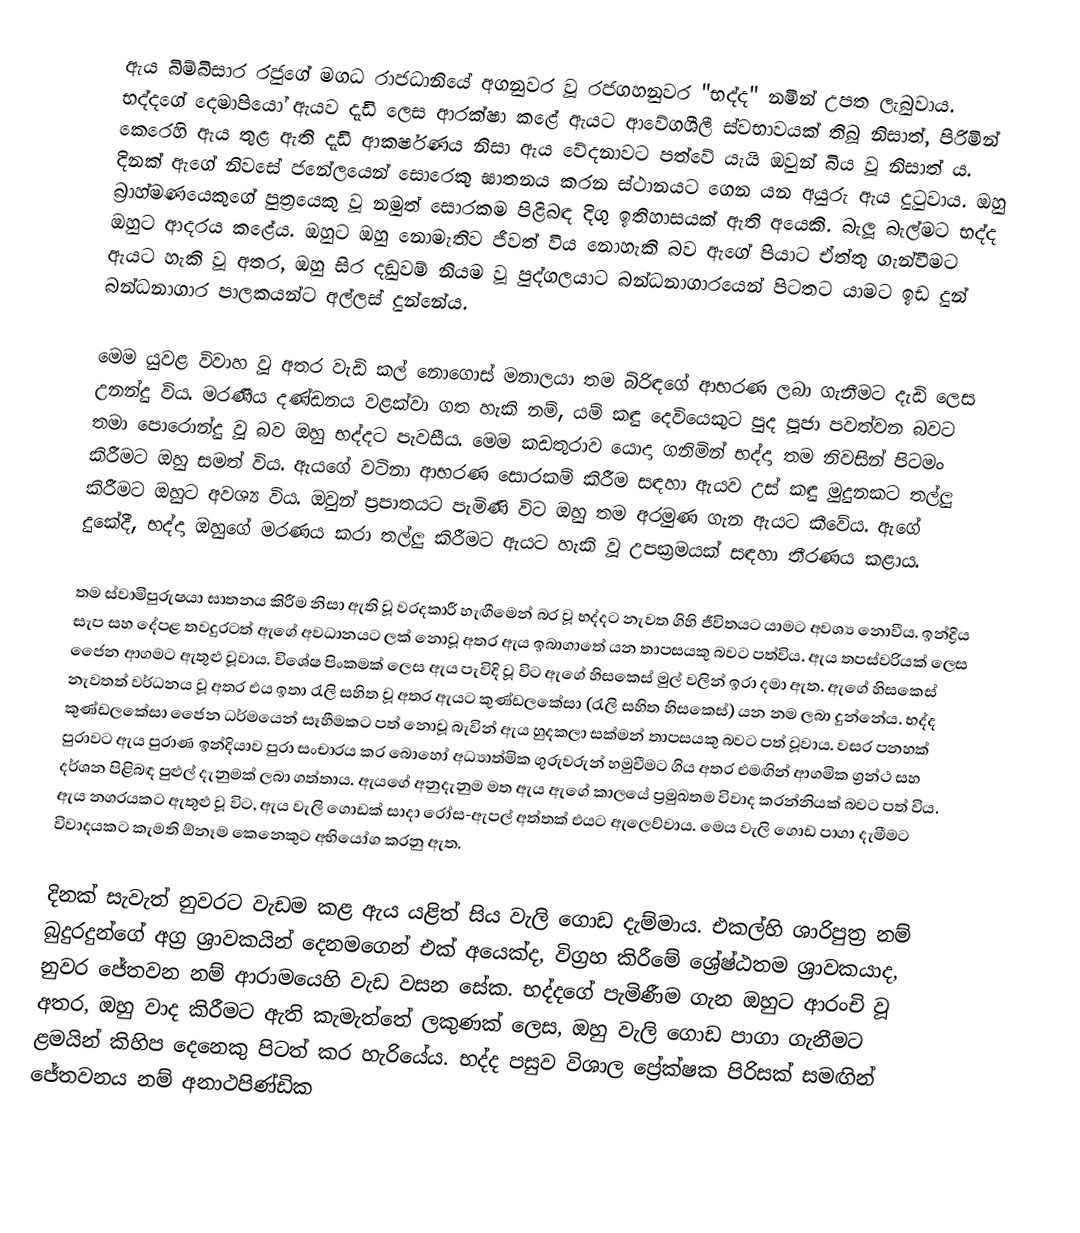
ඇය බිම්බිසාර රජුගේ මගධ රාජධානියේ අගනුවර වූ රජගහනුවර "භද්ද" නමින් උපත ලැබුවාය. භද්දගේ දෙමාපියෝ ඇයව දැඩි ලෙස ආරක්ෂා කළේ ඇයට ආවේගශීලී ස්වභාවයක් තිබූ නිසාත්, පිරිමින් කෙරෙහි ඇය තුළ ඇති දැඩි ආකර්ෂණය නිසා ඇය වේදනාවට පත්වේ යැයි ඔවුන් බිය වූ නිසාත් ය. දිනක් ඇගේ නිවසේ ජනේලයෙන් සොරෙකු ඝාතනය කරන ස්ථානයට ගෙන යන අයුරු ඇය දුටුවාය. ඔහු බ්‍රාහ්මණයෙකුගේ පුත්‍රයෙකු වූ නමුත් සොරකම පිළිබඳ දිගු ඉතිහාසයක් ඇති අයෙකි. බැලූ බැල්මට භද්ද ඔහුට ආදරය කළේය. ඔහුට ඔහු නොමැතිව ජීවත් විය නොහැකි බව ඇගේ පියාට ඒත්තු ගැන්වීමට ඇයට හැකි වූ අතර, ඔහු සිර දඬුවම් නියම වූ පුද්ගලයාට බන්ධනාගාරයෙන් පිටතට යාමට ඉඩ දුන් බන්ධනාගාර පාලකයන්ට අල්ලස් දුන්නේය. 

මෙම යුවළ විවාහ වූ අතර වැඩි කල් නොගොස් මනාලයා තම බිරිඳගේ ආභරණ ලබා ගැනීමට දැඩි ලෙස උනන්දු විය. මරණීය දණ්ඩනය වළක්වා ගත හැකි නම්, යම් කඳු දෙවියෙකුට පුද පූජා පවත්වන බවට තමා පොරොන්දු වූ බව ඔහු භද්දට පැවසීය. මෙම කඩතුරාව යොදා ගනිමින් භද්දා තම නිවසින් පිටමං කිරීමට ඔහු සමත් විය. ඇයගේ වටිනා ආභරණ සොරකම් කිරීම සඳහා ඇයව උස් කඳු මුදුනකට තල්ලු කිරීමට ඔහුට අවශ්‍ය විය. ඔවුන් ප්‍රපාතයට පැමිණි විට ඔහු තම අරමුණ ගැන ඇයට කීවේය. ඇගේ දුකේදී, භද්දා ඔහුගේ මරණය කරා තල්ලු කිරීමට ඇයට හැකි වූ උපක්‍රමයක් සඳහා තීරණය කළාය.

තම ස්වාමිපුරුෂයා ඝාතනය කිරීම නිසා ඇති වූ වරදකාරී හැඟීමෙන් බර වූ භද්දට නැවත ගිහි ජීවිතයට යාමට අවශ්‍ය නොවීය. ඉන්ද්‍රිය සැප සහ දේපළ තවදුරටත් ඇගේ අවධානයට ලක් නොවූ අතර ඇය ඉබාගාතේ යන තාපසයකු බවට පත්විය. ඇය තපස්වරියක් ලෙස ජෛන ආගමට ඇතුළු වූවාය. විශේෂ පිංකමක් ලෙස ඇය පැවිදි වූ විට ඇගේ හිසකෙස් මුල් වලින් ඉරා දමා ඇත. ඇගේ හිසකෙස් නැවතත් වර්ධනය වූ අතර එය ඉතා රැලි සහිත වූ අතර ඇයට කුණ්ඩලකේසා (රැලි සහිත හිසකෙස්) යන නම ලබා දුන්නේය. භද්ද කුණ්ඩලකේසා ජෛන ධර්මයෙන් සෑහීමකට පත් නොවූ බැවින් ඇය හුදකලා සක්මන් තාපසයකු බවට පත් වූවාය. වසර පනහක් පුරාවට ඇය පුරාණ ඉන්දියාව පුරා සංචාරය කර බොහෝ අධ්‍යාත්මික ගුරුවරුන් හමුවීමට ගිය අතර එමඟින් ආගමික ග්‍රන්ථ සහ දර්ශන පිළිබඳ පුළුල් දැනුමක් ලබා ගත්තාය. ඇයගේ අනුදැනුම මත ඇය ඇගේ කාලයේ ප්‍රමුඛතම විවාද කරන්නියක් බවට පත් විය. ඇය නගරයකට ඇතුළු වූ විට, ඇය වැලි ගොඩක් සාදා රෝස-ඇපල් අත්තක් එයට ඇලෙව්වාය. මෙය වැලි ගොඩ පාගා දැමීමට විවාදයකට කැමති ඕනෑම කෙනෙකුට අභියෝග කරනු ඇත.

දිනක් සැවැත් නුවරට වැඩම කළ ඇය යළිත් සිය වැලි ගොඩ දැම්මාය. එකල්හි ශාරිපුත්‍ර නම් බුදුරදුන්ගේ අග්‍ර ශ්‍රාවකයින් දෙනමගෙන් එක් අයෙක්ද, විග්‍රහ කිරීමේ ශ්‍රේෂ්ඨතම ශ්‍රාවකයාද, නුවර ජේතවන නම් ආරාමයෙහි වැඩ වසන සේක. භද්දගේ පැමිණීම ගැන ඔහුට ආරංචි වූ අතර, ඔහු වාද කිරීමට ඇති කැමැත්තේ ලකුණක් ලෙස, ඔහු වැලි ගොඩ පාගා ගැනීමට ළමයින් කිහිප දෙනෙකු පිටත් කර හැරියේය. භද්ද පසුව විශාල ප්‍රේක්ෂක පිරිසක් සමඟින් ජේතවනය නම් අනාථපිණ්ඩික